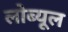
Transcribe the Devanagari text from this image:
लोब्यूल